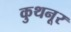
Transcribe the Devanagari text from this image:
कुथनूर